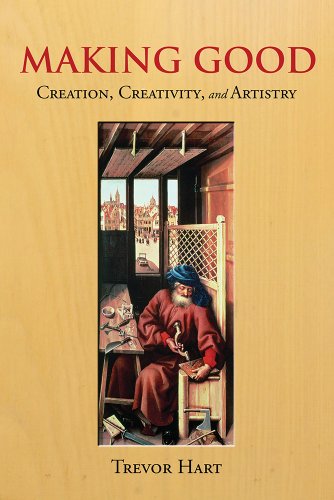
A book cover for Making Good: Creation, Creativity, and Artistry; Trevor Hart; Christian Books & Bibles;